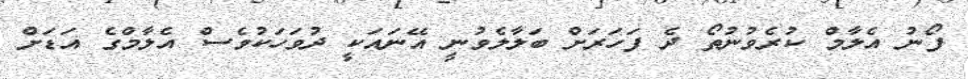
ފޯނު އެލާމް ކުރެވުނުތޯ ދެ ފަހަރަށް ބަލާލެވުނީ އޭނައަކީ ދުވަހަކުވެސް އެލާމްގެ އަޑަށް